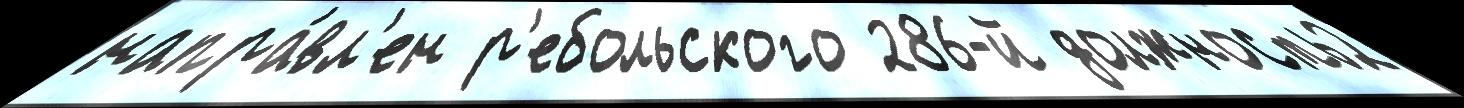
напра́вл'ен р'ебольского 286-й должность2